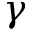
\gamma